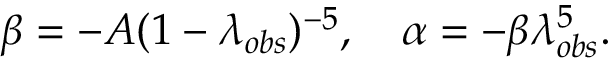
\beta = - A ( 1 - \lambda _ { o b s } ) ^ { - 5 } , \quad \alpha = - \beta \lambda _ { o b s } ^ { 5 } .